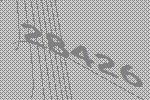
28426